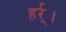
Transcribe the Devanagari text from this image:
हर्र्।